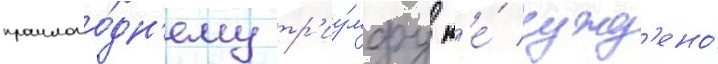
прошлого́дн'ему тр'иу́мфу н'е́ сужд'ено́